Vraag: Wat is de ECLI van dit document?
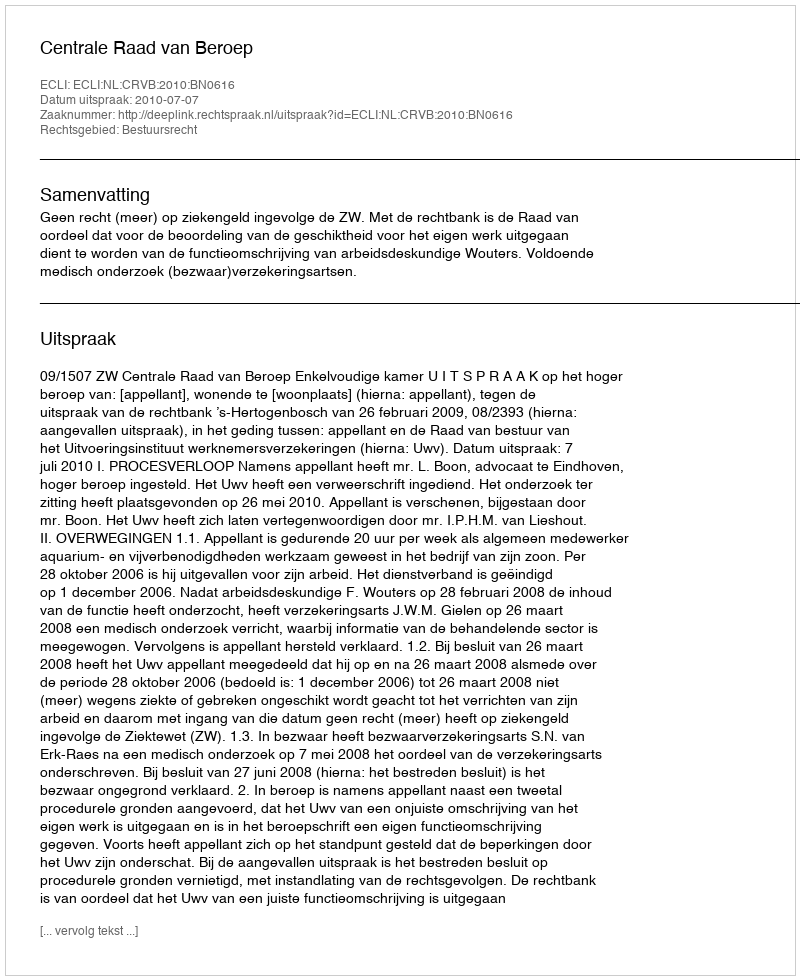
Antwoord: ECLI:NL:CRVB:2010:BN0616